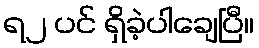
ရ၂ ပင် ရှိခဲ့ပါချေပြီ။